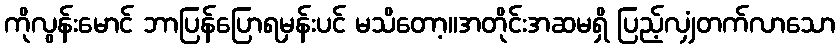
ကိုလွန်းမောင် ဘာပြန်ပြောရမှန်းပင် မသိတော့။အတိုင်းအဆမရှိ ပြည့်လျှံတက်လာသော